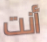
أنت